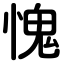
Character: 愧